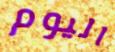
اليوم